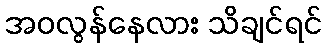
အဝလွန်နေလား သိချင်ရင်